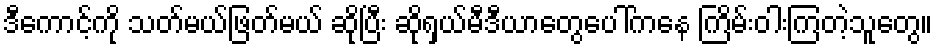
ဒီကောင့်ကို သတ်မယ်ဖြတ်မယ် ဆိုပြီး ဆိုရှယ်မီဒီယာတွေပေါ်ကနေ ကြိမ်းဝါးကြတဲ့သူတွေ။